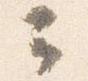
云